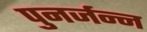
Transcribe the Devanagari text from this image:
पुनर्जन्न